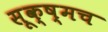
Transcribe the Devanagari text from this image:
सूक्ष्मच